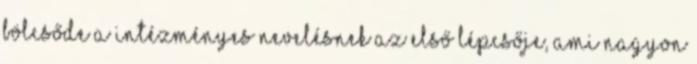
bölcsőde a intézményes nevelésnek az első lépcsője, ami nagyon